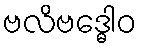
ဗလိဗဒ္ဓေါဝ